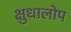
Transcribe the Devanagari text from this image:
क्षुधालोप